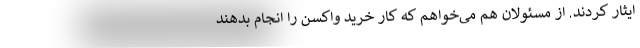
ایثار کردند. از مسئولان هم می‌خواهم که کار خرید واکسن را انجام بدهند